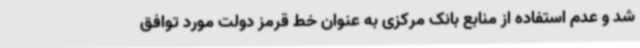
شد و عدم استفاده از منابع بانک مرکزی به عنوان خط قرمز دولت مورد توافق